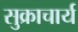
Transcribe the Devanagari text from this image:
सुक्राचार्य